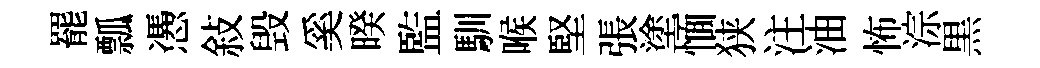
罷瓢慿敍毁奚暌監馴喉堅張塗愐狭注油怖淙黒